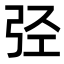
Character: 弪